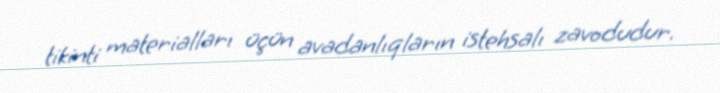
tikinti materialları üçün avadanlıqların istehsalı zavodudur.